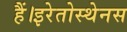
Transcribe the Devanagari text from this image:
हैं।इरेतोस्थेनस